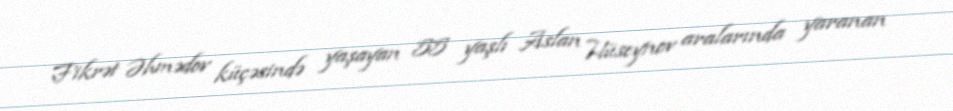
Fikrət Əhmədov küçəsində yaşayan 55 yaşlı Aslan Hüseynov aralarında yaranan